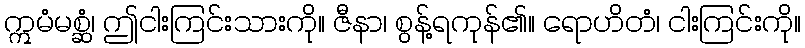
ဣမံမစ္ဆံ၊ ဤငါးကြင်းသားကို။ ဇီနာ၊ စွန့်ရကုန်၏။ ရောဟိတံ၊ ငါးကြင်းကို။